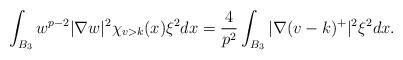
LaTeX: \begin{align*}\int_{B_3} w^{p-2}|\nabla w|^2\chi_{v >k} (x)\xi^2 dx = \frac{4}{p^2}\int_{B_3} |\nabla (v-k)^+|^2\xi^2 dx.\end{align*}